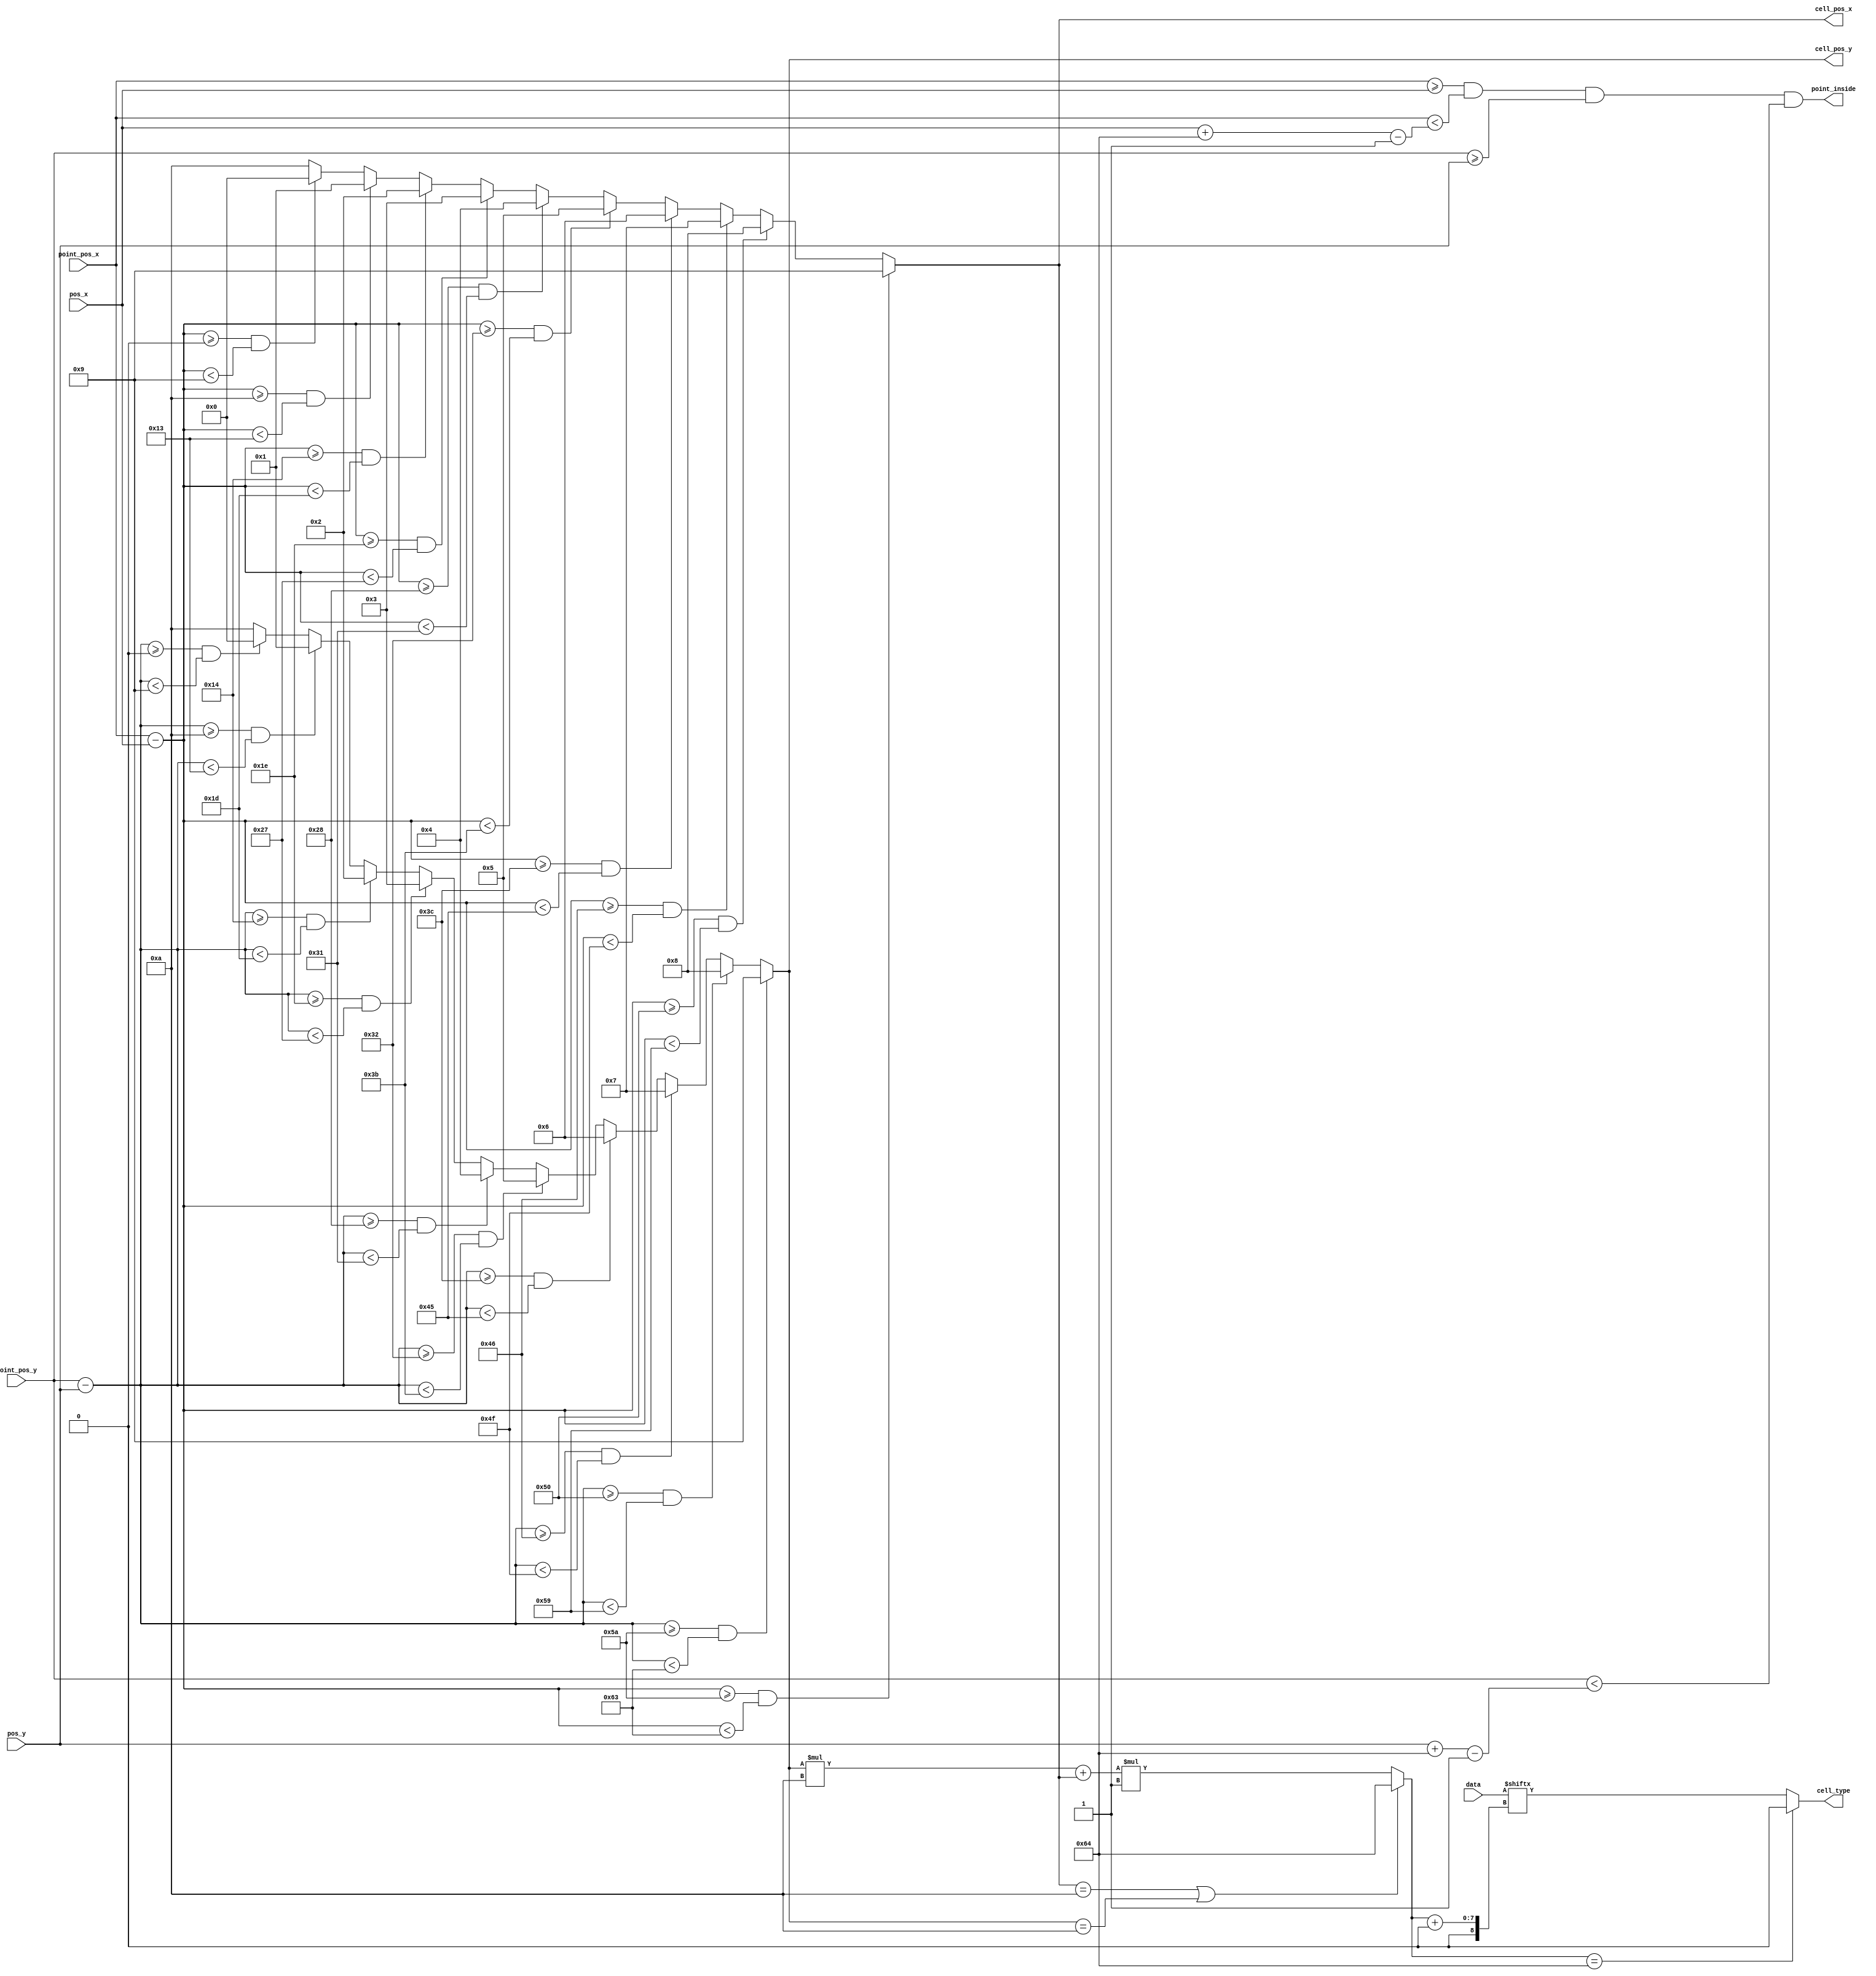
module grid
#(
    parameter   SIZE_X         = 8'd10,
    parameter   SIZE_Y         = 8'd10,
    parameter   CELL_SIZE      = 4'd10,
    parameter   LINE_THICKNESS = 4'd1,
    parameter   CELL_BITS      = 4'd1,
    parameter   XBITS          = $clog2(SIZE_X),
    parameter   YBITS          = $clog2(SIZE_Y),
    parameter   GDBITS         = CELL_BITS * SIZE_X * SIZE_Y
)
(
    input   [9:0]           pos_x,
    input   [9:0]           pos_y,
    input   [9:0]           point_pos_x,
    input   [9:0]           point_pos_y,
    input   [GDBITS-1:0]    data,

    output  [XBITS-1:0]     cell_pos_x,
    output  [YBITS-1:0]     cell_pos_y,
    output                  point_inside,
    output  [CELL_BITS-1:0] cell_type
);

localparam size_x = SIZE_X * CELL_SIZE;
localparam size_y = SIZE_Y * CELL_SIZE;

assign point_inside = (point_pos_x >= pos_x) & (point_pos_x < pos_x + size_x - LINE_THICKNESS) &
                      (point_pos_y >= pos_y) & (point_pos_y < pos_y + size_y - LINE_THICKNESS);

wire [9:0] bias_x = point_pos_x - pos_x;
wire [9:0] bias_y = point_pos_y - pos_y;

wire [XBITS-1:0] indexes_x [SIZE_X-1:0];
wire [YBITS-1:0] indexes_y [SIZE_Y-1:0];

assign indexes_x[0] = (bias_x >= 0) & (bias_x < CELL_SIZE - LINE_THICKNESS) ? {XBITS{1'd0}} : SIZE_X;
assign indexes_y[0] = (bias_y >= 0) & (bias_y < CELL_SIZE - LINE_THICKNESS) ? {YBITS{1'd0}} : SIZE_Y;

genvar Gi;
generate for (Gi = 1; Gi < SIZE_X; Gi = Gi + 1)
begin: loop_x
    assign indexes_x[Gi] = (bias_x >= Gi * CELL_SIZE) &
                           (bias_x < (Gi + 1) * CELL_SIZE - LINE_THICKNESS) ? Gi : indexes_x[Gi - 1];
end
endgenerate
generate for (Gi = 1; Gi < SIZE_Y; Gi = Gi + 1)
begin: loop_y
    assign indexes_y[Gi] = (bias_y >= Gi * CELL_SIZE) &
                           (bias_y < (Gi + 1) * CELL_SIZE - LINE_THICKNESS) ? Gi : indexes_y[Gi - 1];
end
endgenerate

assign cell_pos_x = indexes_x[SIZE_X-1];
assign cell_pos_y = indexes_y[SIZE_Y-1];

localparam INDBITS = $clog2(GDBITS);
wire [INDBITS-1:0] index = (cell_pos_x == SIZE_X) | (cell_pos_y == SIZE_Y) ? SIZE_Y * SIZE_X * CELL_BITS :
                           (cell_pos_y * SIZE_X + cell_pos_x) * CELL_BITS;

generate for (Gi = 0; Gi < CELL_BITS; Gi = Gi + 1)
begin: loop_cell
    assign cell_type[Gi] = (index == SIZE_Y * SIZE_X * CELL_BITS) ? {CELL_BITS{1'b0}} : data[index + Gi];
end
endgenerate

endmodule